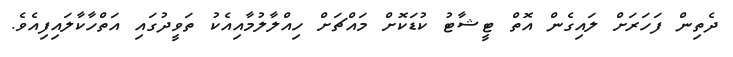
ދެތިން ފަހަރަށް ލައިގެން އޮތް ޓީޝާޓު ކުޑަކޮށް މައްޗަށް ހިއްލާލުމާއިއެކު ތަވީދުގައި އަތްހާކާލައިފިއެވެ.